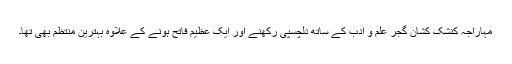
مہاراجہ کنشک کشان گجر علم و ادب کے ساتھ دلچسپی رکھنے اور ایک عظیم فاتح ہونے کے علاوہ بہترین منتظم بھی تھا۔